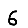
Digit: 6